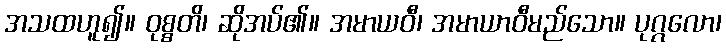
အသထဟူ၍။ ဝုစ္စတိ၊ ဆိုအပ်၏။ အမာယဝီ၊ အမာယာဝီမည်သော။ ပုဂ္ဂလော၊